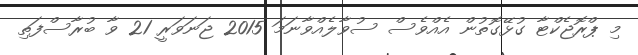
މި ޕްރޮޖެކްޓާ ގުޅޭގޮތުން އެއްވެސް ސުވާލެއްވާނަމަ 2015 ޖަނަވަރީ 21 ވާ ބުރާސްފަތި